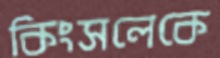
কিংসলেকে